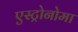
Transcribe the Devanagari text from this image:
एस्ट्रोनोमा